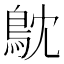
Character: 𮬮